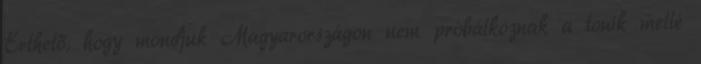
Érthető, hogy mondjuk Magyarországon nem próbálkoznak a tonik mellé